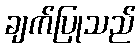
ချက်ပြုသည်